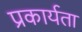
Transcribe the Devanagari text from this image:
प्रकार्यता